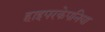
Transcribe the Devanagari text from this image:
हाइपरकेपनिया